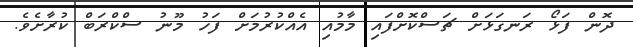
ދޮން ފަޅޯ ރަނގަޅަށް ޗަސްކޮށްފައި މާމުއި އެއްކުރުމަށް ފަހު މޫނު ސްކްރަބް ކުރާށެވެ.